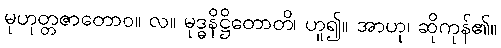
မုဟုတ္တဇာတောဝ။ လ။ မုဒ္ဓနိဋ္ဌိတောတိ၊ ဟူ၍။ အာဟု၊ ဆိုကုန်၏။